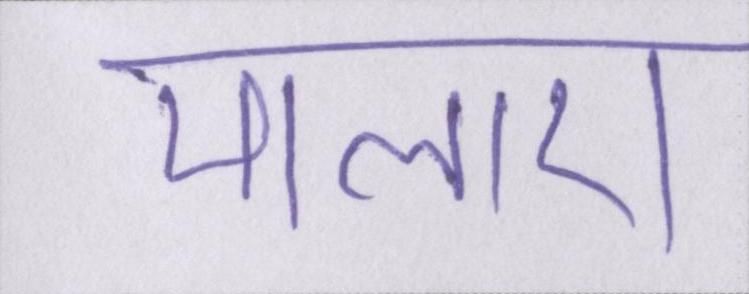
मालाएं